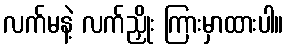
လက်မနဲ့ လက်ညှိုး ကြားမှာထားပါ။